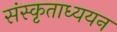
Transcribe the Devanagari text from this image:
संस्कृताध्ययन